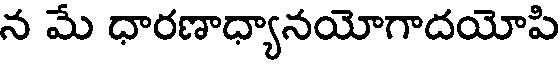
న మే ధారణాధ్యానయోగాదయోపి